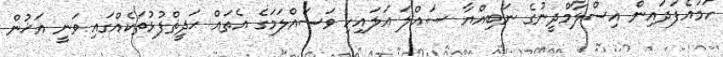
ހަމައެފަދައިން އިސްލާމްދީނުގެ ނަބިއްޔާ ޞައްލަ އަލައިހި ވަސައްލަމަގެ އެތައް ޙަދީޡްފުޅުތަކެއްގައި ވަނީ އަޚުން